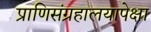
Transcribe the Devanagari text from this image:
प्राणिसंग्रहालयापेक्षा